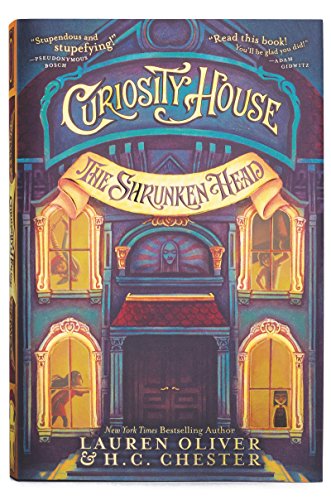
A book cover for Curiosity House: The Shrunken Head; Lauren Oliver; Children's Books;